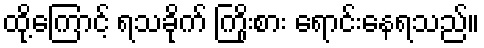
ထို့ကြောင့် ရသခိုက် ကြိုးစား ရောင်းနေရသည်။